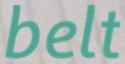
belt